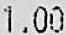
1.00